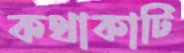
কথাকাটি